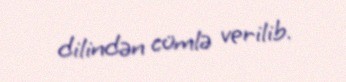
dilindən cümlə verilib.